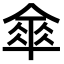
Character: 𠍘